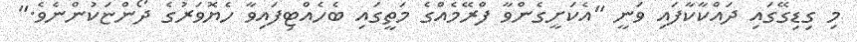
މި ގިޑިގޭގައި ދައްކާކާފައި ވަނީ "އެކަށީގެންވާ ފްރޭމެއްގެ މަތީގައި ބެހެއްޓިފައިވާ ހެޔޮވަރުގެ ދޯންޏަކުންނެވެ."